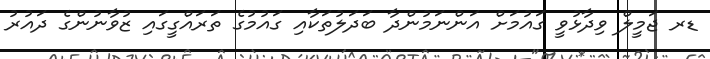
ޑރ ޖަމީލް ވިދާޅުވީ ގައުމަށް އަންނަމުންދާ ބަދަލުތަކާއި ގައުމުގެ ތަރައްގީގައި ޒުވާނުންގެ ދައުރު